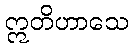
ဣတိဟာသေ